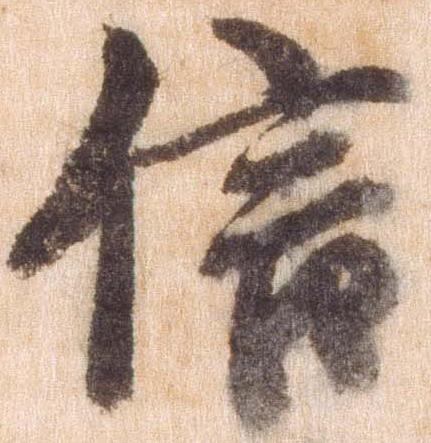
信